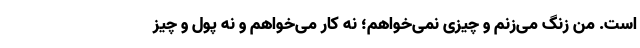
است. من زنگ می‌زنم و چیزی نمی‌خواهم؛ نه کار می‌خواهم و نه پول و چیز